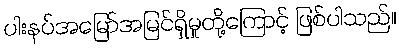
ပါးနပ်အမြော်အမြင်ရှိမှုတို့ကြောင့် ဖြစ်ပါသည်။